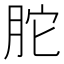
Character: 𦚐